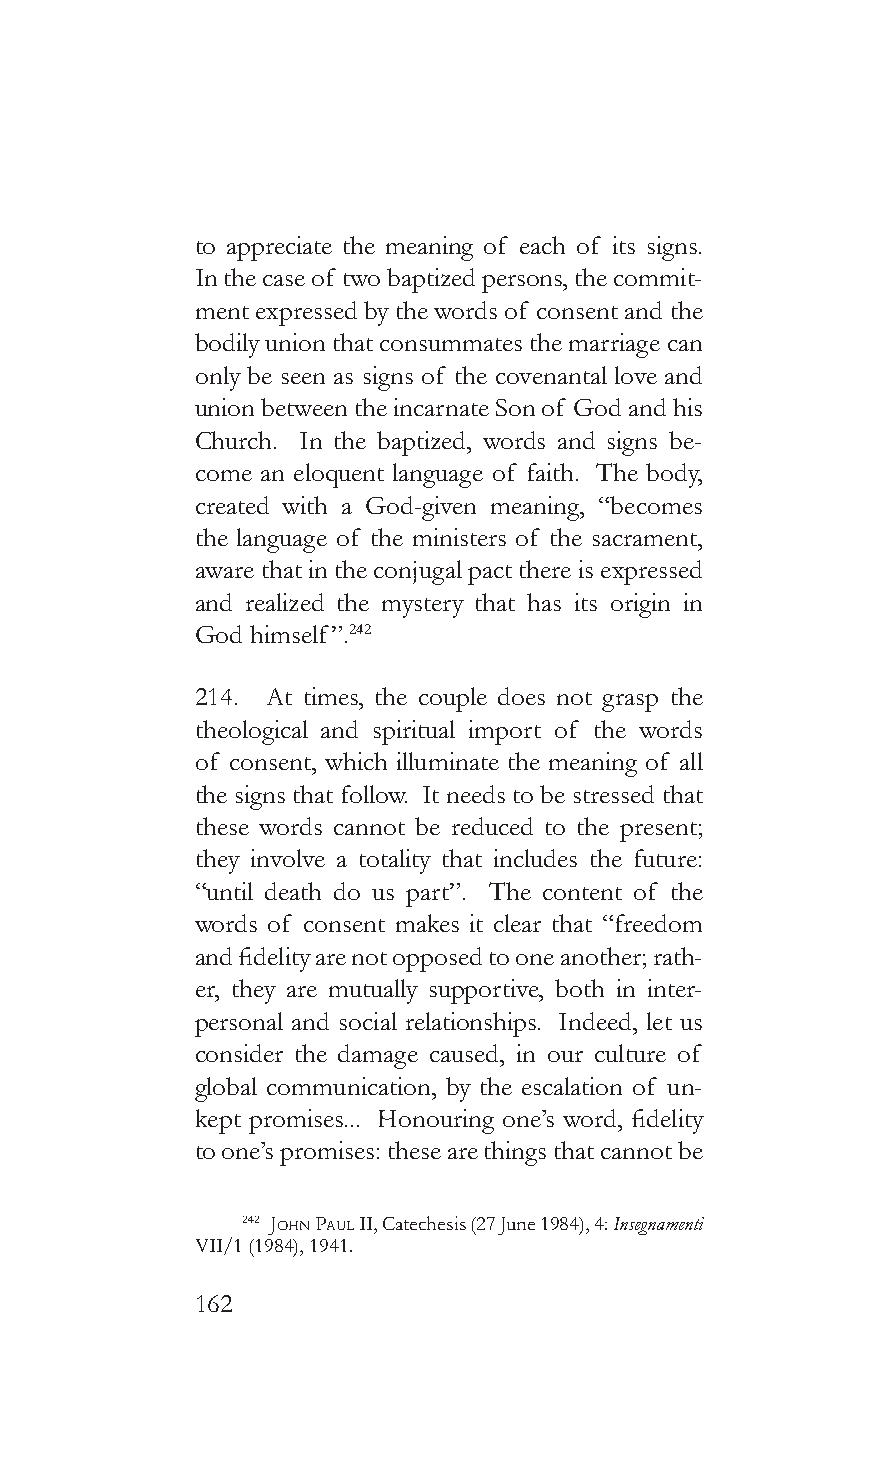
to appreciate the meaning of each of its signs.
 In the case of two baptized persons, the commit-
 ment expressed by the words of consent and the
 bodily union that consummates the marriage can
 only be seen as signs of the covenantal love and
 union between the incarnate Son of God and his
 Church. In the baptized, words and signs be-
 come an eloquent language of faith. The body,
 created with a God-given meaning, “becomes
 the language of the ministers of the sacrament,
 aware that in the conjugal pact there is expressed
 and realized the mystery that has its origin in
 God himself”.242
 214. At times, the couple does not grasp the
 theological and spiritual import of the words
 of consent, which illuminate the meaning of all
 the signs that follow. It needs to be stressed that
 these words cannot be reduced to the present;
 they involve a totality that includes the future:
 “until death do us part”. The content of the
 words of consent makes it clear that “freedom
 and fidelity are not opposed to one another; rath-
 er, they are mutually supportive, both in inter-
 personal and social relationships. Indeed, let us
 consider the damage caused, in our culture of
 global communication, by the escalation of un-
 kept promises... Honouring one’s word, fidelity
 to one’s promises: these are things that cannot be
 242 John pauL II, Catechesis (27 June 1984), 4: Insegnamenti
 VII/1 (1984), 1941.
 162